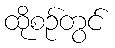
ထိုစဉ်တွင်